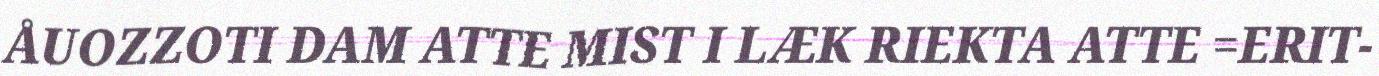
ÅUOZZOTI DAM ATTE MIST I LÆK RIEKTA ATTE =ERIT-